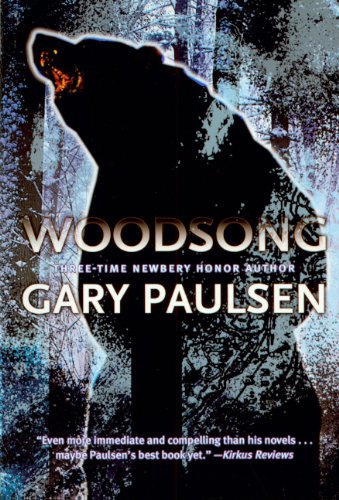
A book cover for Woodsong (Turtleback School & Library Binding Edition); Gary Paulsen; Teen & Young Adult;